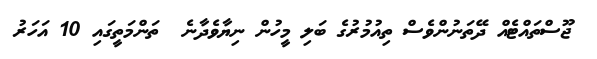
ޖޫސްތައްޓެއް ދޭތަނުންވެސް ތިއުމުރުގެ ބަލި މީހުން ނިޔާވެދާނެ  ތަންމަތީގައި 10 އަހަރު